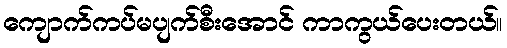
ကျောက်ကပ်မပျက်စီးအောင် ကာကွယ်ပေးတယ်။